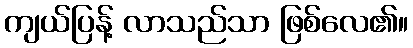
ကျယ်ပြန့် လာသည်သာ ဖြစ်လေ၏။